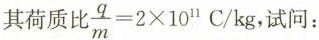
其荷质比$$\frac{q}{m}=2 \times 10^{11}C/kg$$， 试问：